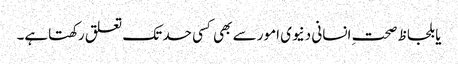
یا بلحاظ صحتِ انسانی دنیوی امور سے بھی کسی حد تک تعلق رکھتاہے۔